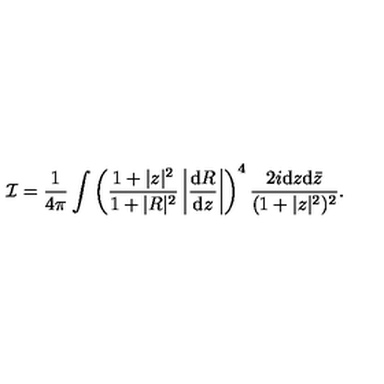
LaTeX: { \cal I } = \frac { 1 } { 4 \pi } \int \left( \frac { 1 + | z | ^ { 2 } } { 1 + | R | ^ { 2 } } \left| \frac { \mathrm { d } R } { \mathrm { d } z } \right| \right) ^ { 4 } \frac { 2 i \mathrm { d } z \mathrm { d } { \bar { z } } } { ( 1 + | z | ^ { 2 } ) ^ { 2 } } .